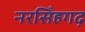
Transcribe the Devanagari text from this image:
नरसिँहगढ़